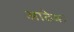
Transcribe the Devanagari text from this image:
आठेक